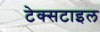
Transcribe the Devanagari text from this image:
टेक्‍सटाइल